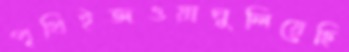
পৃথিইজওয়াঘুলিয়েছি